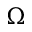
\Omega